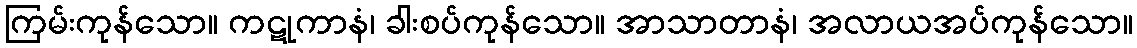
ကြမ်းကုန်သော။ ကဋုကာနံ၊ ခါးစပ်ကုန်သော။ အာသာတာနံ၊ အလာယအပ်ကုန်သော။